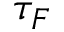
\tau _ { F }